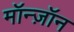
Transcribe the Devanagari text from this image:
मॉन्ज़ॉन